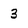
Character: 3